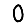
Digit: 0